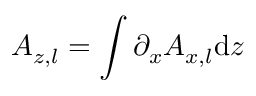
A _ { z , l } = \int \partial _ { x } A _ { x , l } \mathrm { d } z